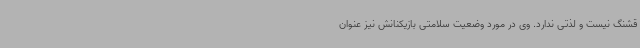
قشنگ نیست و لذتی ندارد. وی در مورد وضعیت سلامتی بازیکنانش نیز عنوان